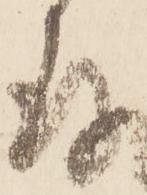
存